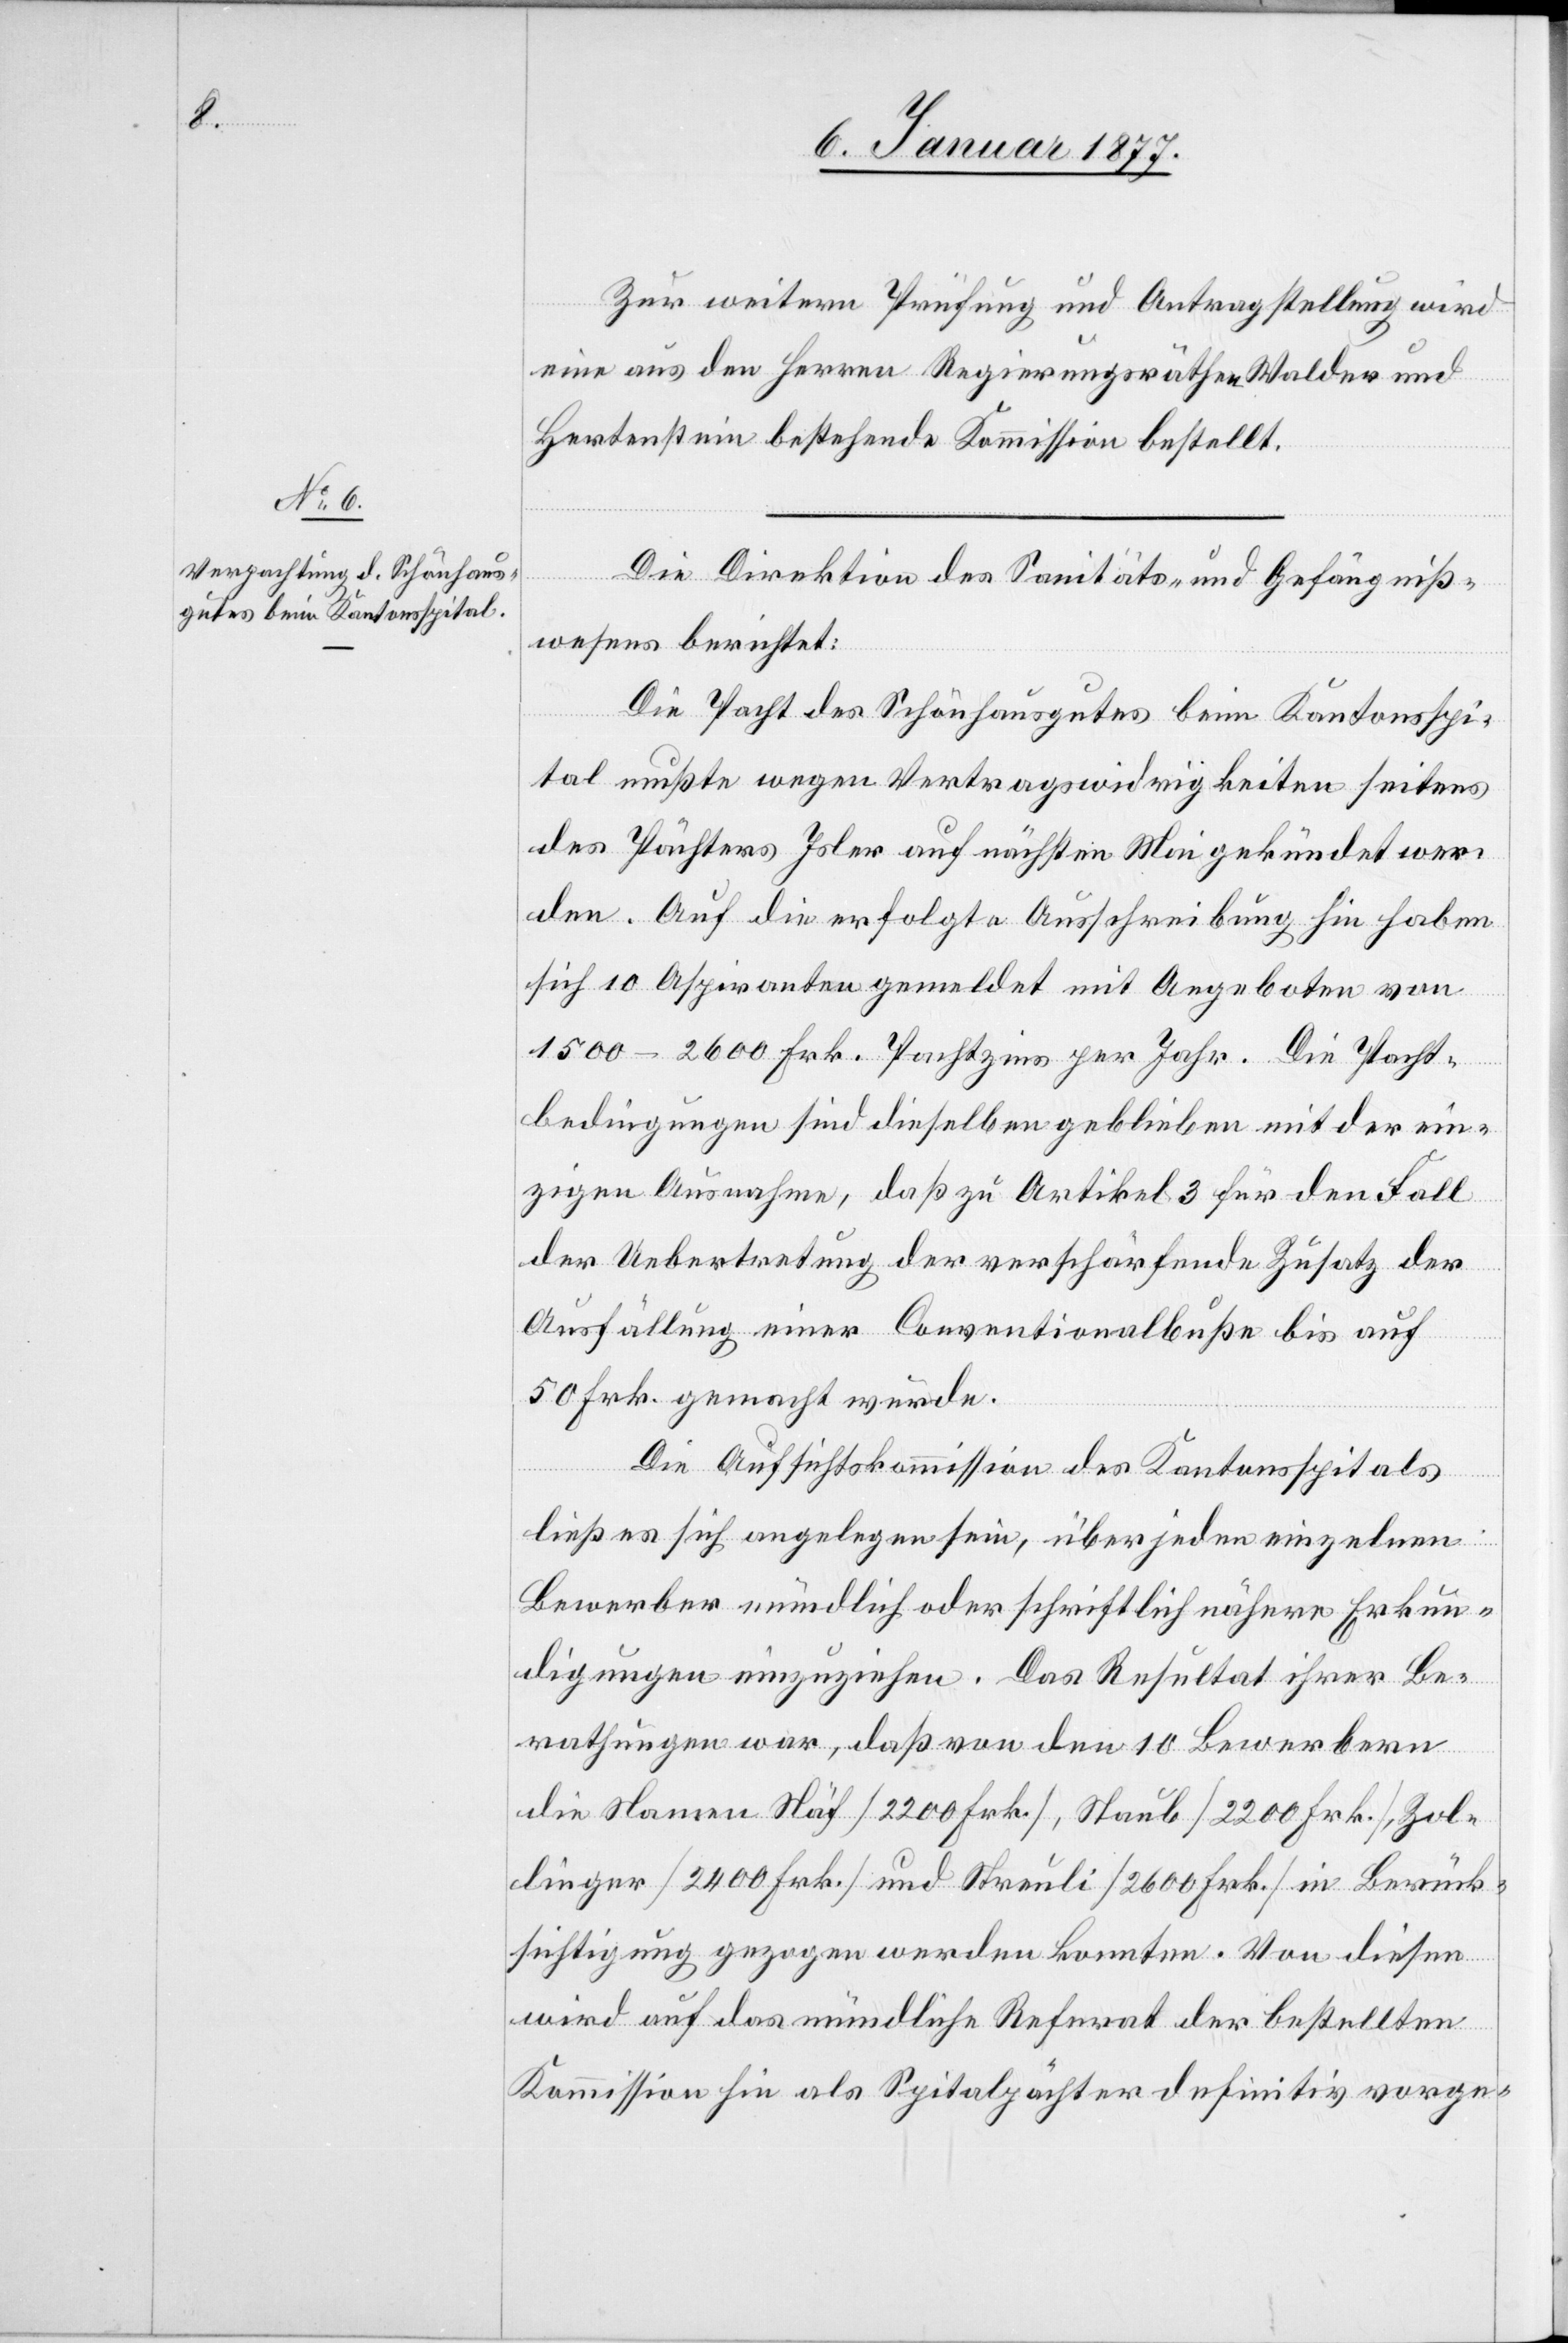
Zur weitern Prüfung und Antragstellung wird
eine aus den Herren Regierungsräthen Walder und
Hertenstein bestehende Kommission bestellt.
Die Direktion des Sanitäts- & Gefängniß¬
wesens berichtet:
Die Pacht des Schönhausgutes beim Kantonsspi¬
tal mußte wegen Vertragswidrigkeiten seitens
des Pächters Isler auf nächsten Mai gekündet wer¬
den. Auf die erfolgte Ausschreibung hin haben
sich 10 Aspiranten gemeldet mit Angeboten von
1500–2600 Frk. Pachtzins per Jahr. Die Pacht¬
bedingungen sind dieselben geblieben mit der ein¬
zigen Ausnahme, daß zu Artikel 3 für den Fall
der Uebertretung der verschärfende Zusatz der
Ausfällung einer Conventionalbuße bis auf
50 Fr. gemacht wurde.
Die Aufsichtskommission des Kantonsspitals
ließ es sich angelegen sein, über jeden einzelnen
Bewerber mündlich oder schriftlich nähere Erkun¬
digungen einzuziehen. Das Resultat ihrer Be¬
rathungen war, daß von den 10 Bewerbern
die Namen Näf [2200 Frk.], Staub [2200 Frk.], Zol¬
linger [2400 Frk.] und Streuli [2600 Frk.] in Berück¬
sichtigung gezogen werden konnten. Von diesen
wird auf das mündliche Referat der bestellten
Kommission hin als Spitalpächter definitiv vorge-